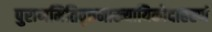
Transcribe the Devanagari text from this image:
पुराणमितिवृत्तमाख्यायिकोदाहरणं